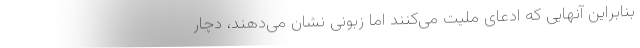
بنابراین آنهایی که ادعای ملیت می‌کنند اما زبونی نشان می‌دهند، دچار